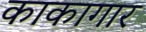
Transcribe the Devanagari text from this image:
काकागार